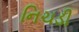
નિચડી